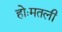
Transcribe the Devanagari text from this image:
होःमतली